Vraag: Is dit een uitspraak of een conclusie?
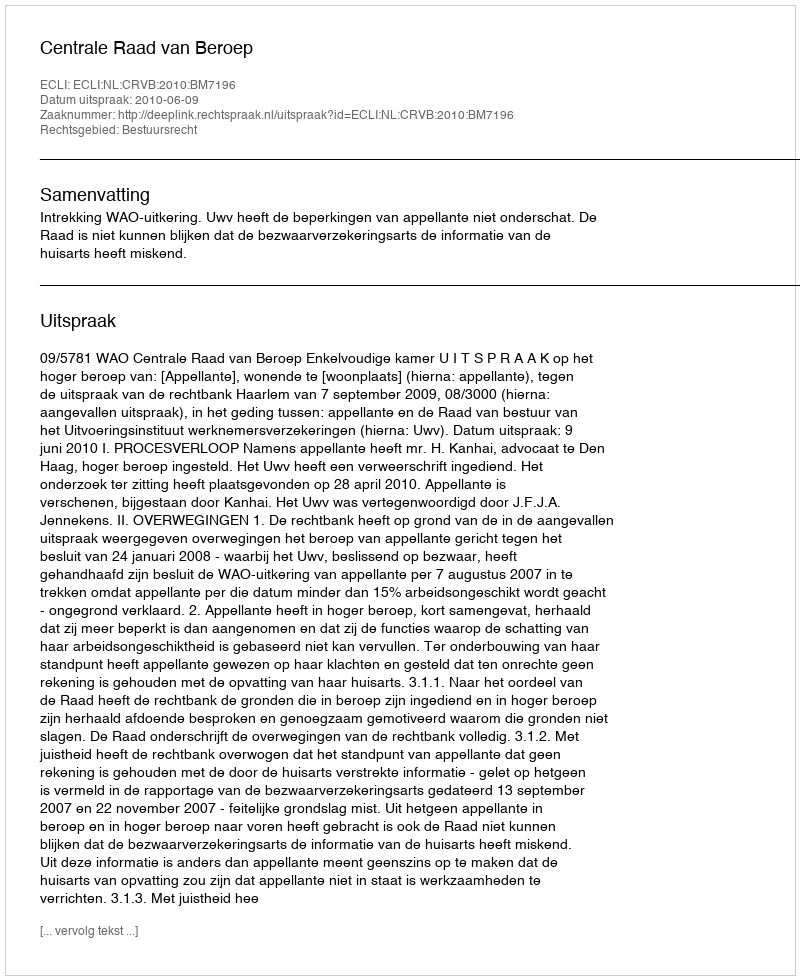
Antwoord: Uitspraak